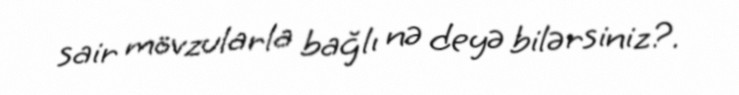
sair mövzularla bağlı nə deyə bilərsiniz?.